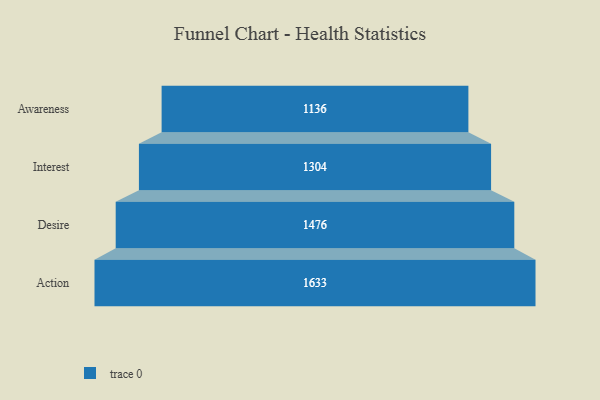
{"axis": {"x": "Stage", "y": "Value"}, "legend": [""], "data": [{"x": "Awareness", "y": 1136.0, "type": ""}, {"x": "Interest", "y": 1304.0, "type": ""}, {"x": "Desire", "y": 1476.0, "type": ""}, {"x": "Action", "y": 1633.0, "type": ""}]}